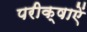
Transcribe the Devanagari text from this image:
परीक्षाऐं